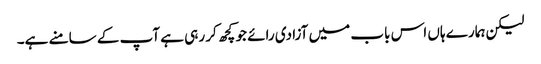
لیکن ہمارے ہاں اس باب میں آزادی رائے جو کچھ کر رہی ہے آپ کے سامنے ہے۔